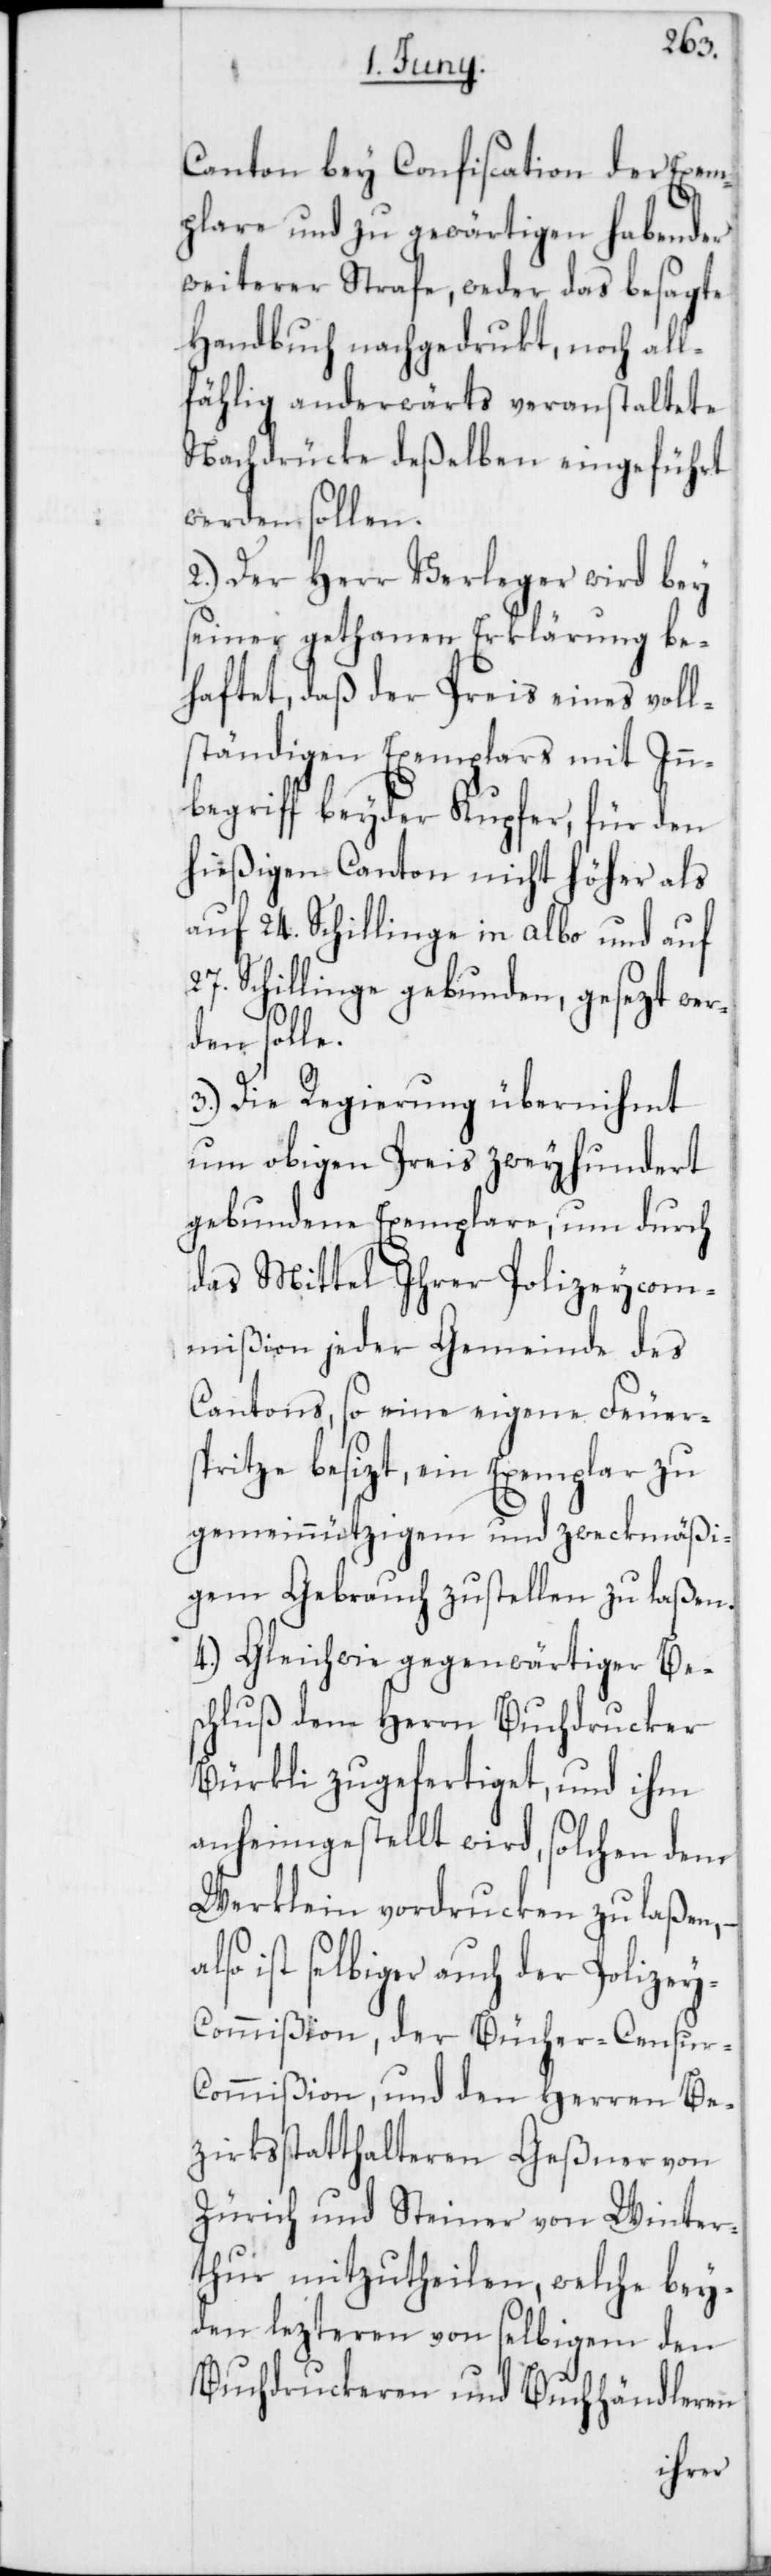
r-C¬
Canton bey Confiscation der Exem¬
plare und zu gewärtigen habender
weiterer Strafe, weder das besagte
Handbuch nachgedrukt, noch all¬
fählig anderwärts veranstaltete
Nachdrücke deßelben eingeführt
werden sollen.
2.) Der Herr Verleger wird bey
seiner gethanen Erklärung be¬
haftet, daß der Preis eines voll¬
ständigen Exemplars mit Inn¬
begriff beyder Kupfer, für den
hießigen Canton nicht höher als
auf 24. Schillinge in albo und auf
27. Schillinge gebunden, gesezt wer¬
den sol¬
3.) Die Regierung übernihmt
um obigen Preis zweyhundert
gebundene Exemplare, um durch
das Mittel ihrer Polizeycom¬
mißion jeder Gemeinde des
Cantons, so eine eigene Feuer¬
spritze besizt, ein Exemplar zu
gemeinnützigem und zweckmäßi¬
gem Gebrauch zustellen zu laßen.
4.) Gleichwie gegenwärtiger Bes¬
chluß dem Herrn Buchdrucker
Bürkli zugefertiget, und ihm
anheimgestellt wird, solchen dem
Werklein vordrucken zu laßen,
lso ist selbiger auch der Polizey-C¬
ommißion, der Bücher-Censu¬
ommißion, und den Herren Be¬
zirksstatthalteren Geßner von
Zürich und Steiner von Winter¬
thur mitzutheilen, welche bey¬
den lezteren von selbigem den
Buchdruckeren und Buchhändleren